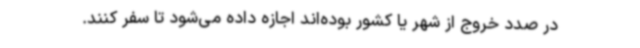
در صدد خروج از شهر یا کشور بوده‌اند اجازه داده می‌شود تا سفر کنند.